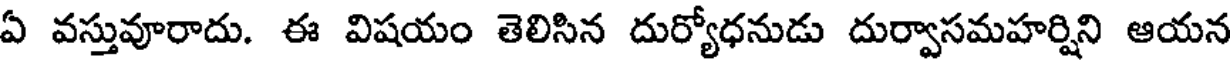
ఏ వస్తువూరాదు. ఈ విషయం తెలిసిన దుర్యోధనుడు దుర్వాసమహర్షిని ఆయన